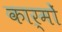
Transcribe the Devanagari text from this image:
कार्मों